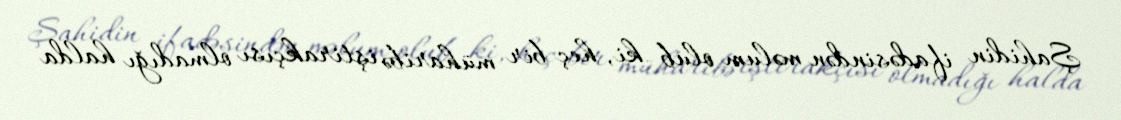
Şahidin ifadəsindən məlum olub ki, heç bir müharibə iştirakçısı olmadığı halda